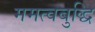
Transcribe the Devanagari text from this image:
ममत्वबुद्धि